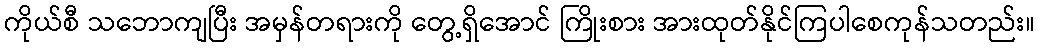
ကိုယ်စီ သဘောကျပြီး အမှန်တရားကို တွေ့ရှိအောင် ကြိုးစား အားထုတ်နိုင်ကြပါစေကုန်သတည်း။